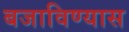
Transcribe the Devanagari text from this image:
बजाविण्यास